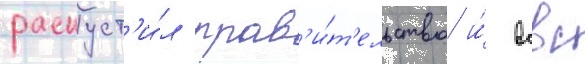
распуст'и́л прав'и́т'ельство и́ всвс